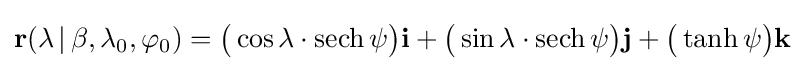
\mathbf {r} (\lambda \,|\,\beta ,\lambda _{0},\varphi _{0})={\big (}\cos {\lambda }\cdot \operatorname {sech} \psi {\big )}\mathbf {i} +{\big (}\sin {\lambda }\cdot \operatorname {sech} \psi {\big )}\mathbf {j} +{\big (}\tanh \psi {\big )}\mathbf {k}